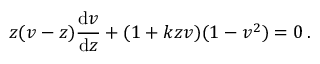
z ( v - z ) { \frac { \mathrm { d } v } { \mathrm { d } z } } + ( 1 + k z v ) ( 1 - v ^ { 2 } ) = 0 \, .